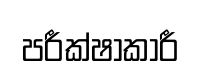
පරීක්ෂාකාරී